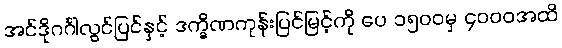
အင်ဒိုဂင်္ဂါလွင်ပြင်နှင့် ဒက္ခိဏကုန်းပြင်မြင့်ကို ပေ ၁၅၀၀မှ ၄၀၀၀အထိ